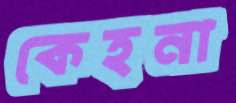
কেহনা